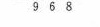
9 6 8